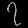
Digit: ၇